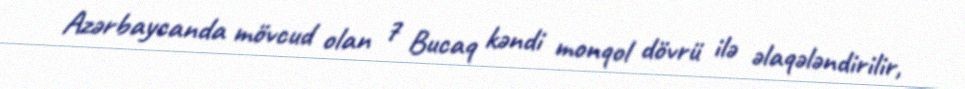
Azərbaycanda mövcud olan 7 Bucaq kəndi monqol dövrü ilə əlaqələndirilir,